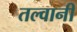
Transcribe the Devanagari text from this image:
तल्वानी